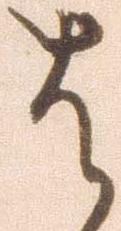
者